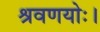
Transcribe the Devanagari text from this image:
श्रवणयोः।